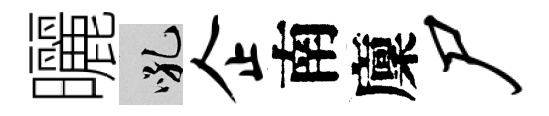
曬吼企南廩尸